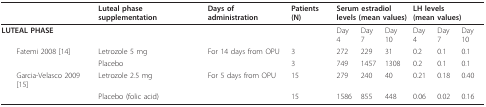
|  | Luteal phase supplementation | Days of administration | Patients (N) | <COLSPAN=3> Serum estradiol levels (mean values) | <COLSPAN=3> LH levels (mean values) |
 | --- | --- | --- | --- | --- | --- | --- | --- | --- | --- |
 | LUTEAL PHASE |  |  |  | Day 4 | Day 7 | Day 10 | Day 4 | Day 7 | Day 10 |
 | Fatemi 2008 [14] | Letrozole 5 mg | For 14 days from OPU | 3 | 272 | 229 | 31 | 0.2 | 0.1 | 0.1 |
 |  | Placebo |  | 3 | 749 | 1457 | 1308 | 0.2 | 0.1 | 0.1 |
 | Garcia-Velasco 2009 [15] | Letrozole 2.5 mg | For 5 days from OPU | 15 | 279 | 240 | 40 | 0.21 | 0.18 | 0.40 |
 |  | Placebo (folic acid) |  | 15 | 1586 | 855 | 448 | 0.06 | 0.02 | 0.16 |